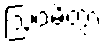
ဩဝမိတွာ